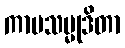
ကာမသမ္မုဒိတာ